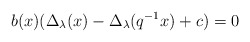
\begin{align*}b ( x ) ( \Delta_\lambda ( x ) - \Delta_\lambda ( q^{-1} x ) + c ) = 0 \end{align*}